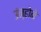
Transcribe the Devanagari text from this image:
उंन्होने